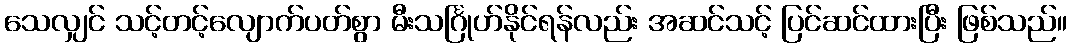
သေလျှင် သင့်တင့်လျောက်ပတ်စွာ မီးသင်္ဂြုဟ်နိုင်ရန်လည်း အဆင်သင့် ပြင်ဆင်ထားပြီး ဖြစ်သည်။